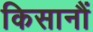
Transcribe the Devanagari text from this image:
किसानौं